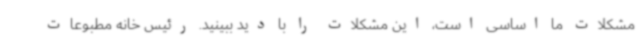
مشکلات ما اساسی است، این مشکلات را با دید ببینید. رئیس خانه مطبوعات